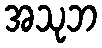
အသုဘ